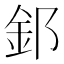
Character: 𫒉